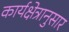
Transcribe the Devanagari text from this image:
कार्यक्षेत्रानुसार